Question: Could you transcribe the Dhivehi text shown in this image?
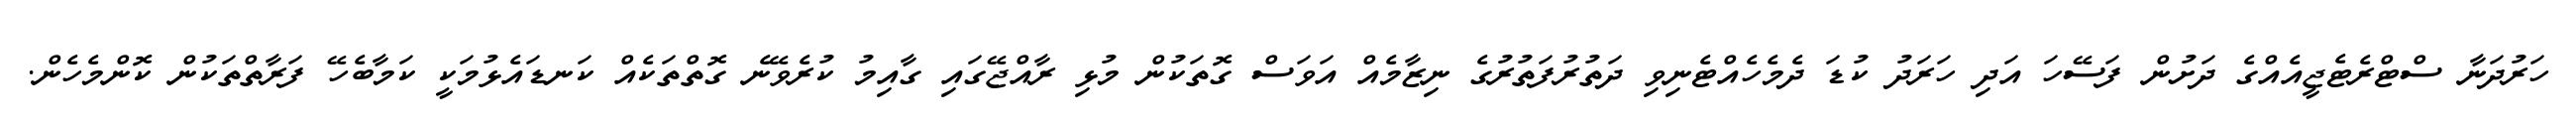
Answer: ހަރުދަނާ ސްޓްރެޓެޖީއެއްގެ ދަށުން ފަސޭހަ އަދި ހަރަދު ކުޑަ ދެމެހެއްޓެނިވި ދަތުރުފަތުރުގެ ނިޒާމެއް އަވަސް ގޮތަކުން މުޅި ރާއްޖޭގައި ގާއިމު ކުރެވޭނެ ގޮތްތަކެއް ކަނޑައެޅުމަކީ ކަމާބެހޭ ފަރާތްތަކުން ކޮންމެހެން.